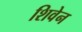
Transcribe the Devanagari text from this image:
शिवेन